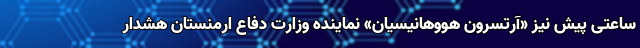
ساعتی پیش نیز «آرتسرون هووهانیسیان» نماینده وزارت دفاع ارمنستان هشدار